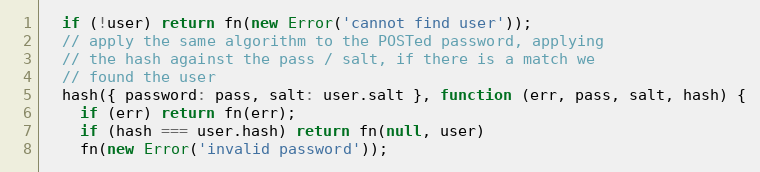
Language: JavaScript
  if (!user) return fn(new Error('cannot find user'));
  // apply the same algorithm to the POSTed password, applying
  // the hash against the pass / salt, if there is a match we
  // found the user
  hash({ password: pass, salt: user.salt }, function (err, pass, salt, hash) {
    if (err) return fn(err);
    if (hash === user.hash) return fn(null, user)
    fn(new Error('invalid password'));